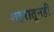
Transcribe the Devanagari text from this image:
शहरातुनही